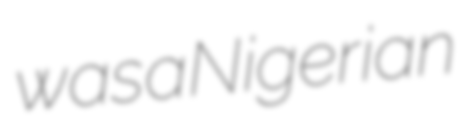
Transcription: was a Nigerian